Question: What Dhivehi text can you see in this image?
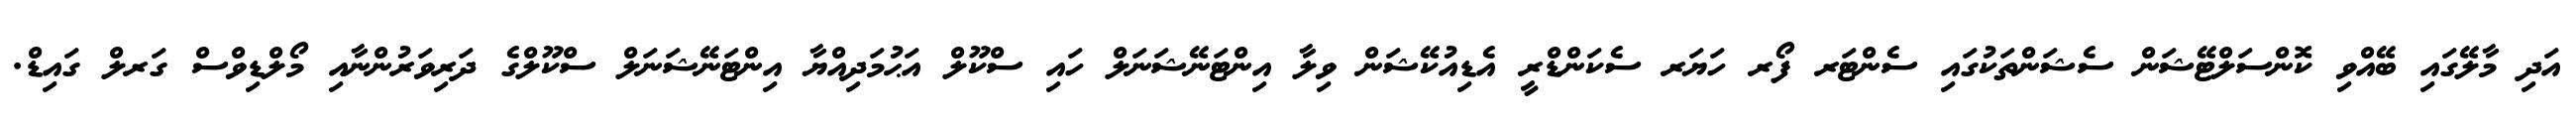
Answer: އަދި މާލޭގައި ބޭއްވި ކޮންސަލްޓޭޝަން ސެޝަންތަކުގައި ސެންޓަރ ފޯރ ހަޔަރ ސެކަންޑްރީ އެޑިއުކޭޝަން ވިލާ އިންޓަނޭޝަނަލް ހައި ސްކޫލް އަޙުމަދިއްޔާ އިންޓަނޭޝަނަލް ސްކޫލްގެ ދަރިވަރުންނާއި މޯލްޑިވްސް ގަރލް ގައިޑް.